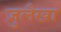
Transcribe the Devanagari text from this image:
ज़ुलैखा